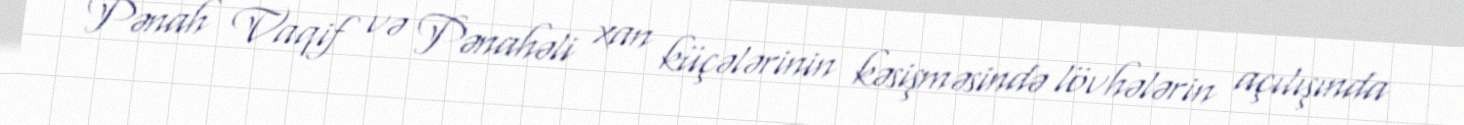
Pənah Vaqif və Pənahəli xan küçələrinin kəsişməsində lövhələrin açılışında